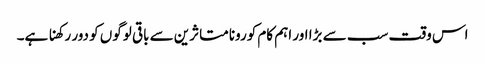
اس وقت سب سے بڑا اور اہم کام کورونا متاثرین سے باقی لوگوں کو دور رکھنا ہے۔